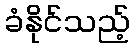
ခံနိုင်သည့်